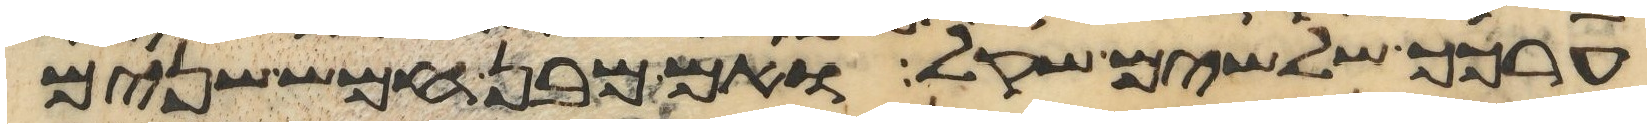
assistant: ערכך שלשים שקל ואם מבן חמש שנים